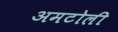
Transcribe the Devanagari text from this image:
अमटोली